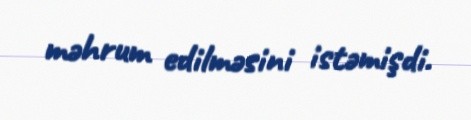
məhrum edilməsini istəmişdi.